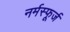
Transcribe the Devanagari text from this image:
नर्मस्फूर्ज